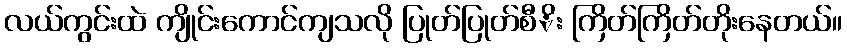
လယ်ကွင်းထဲ ကျိုင်းကောင်ကျသလို ပြုတ်ပြုတ်စီိး ကြိတ်ကြိတ်တိုးနေတယ်။